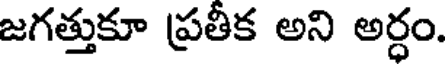
జగత్తుకూ ప్రతీక అని అర్ధం.